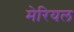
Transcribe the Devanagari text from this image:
मेरियल